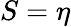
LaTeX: S=\eta